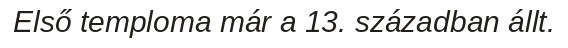
Első temploma már a 13. században állt.